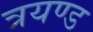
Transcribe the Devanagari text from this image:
त्रयण्ड